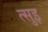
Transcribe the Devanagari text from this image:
त्सुइ